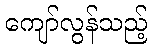
ကျော်လွန်သည့်